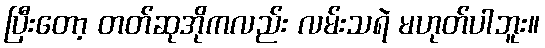
ပြီးတော့ တတ်ဆုအိုကလည်း လမ်းသရဲ မဟုတ်ပါဘူး။